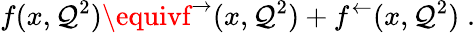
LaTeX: f(x,\mathcal{Q}^{2})\equivf^{\rightarrow}(x,\mathcal{Q}^{2})+f^{\leftarrow}(x,\mathcal{Q}^{2})\; .